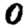
Digit: 0